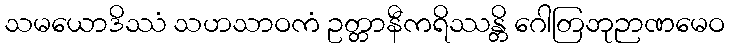
သမယောဒိဿံ သဟသာဝကံ ဥတ္တာနီကရိဿန္တိ ဂေါတြဘုဉာဏမေဝ